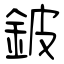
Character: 鈹